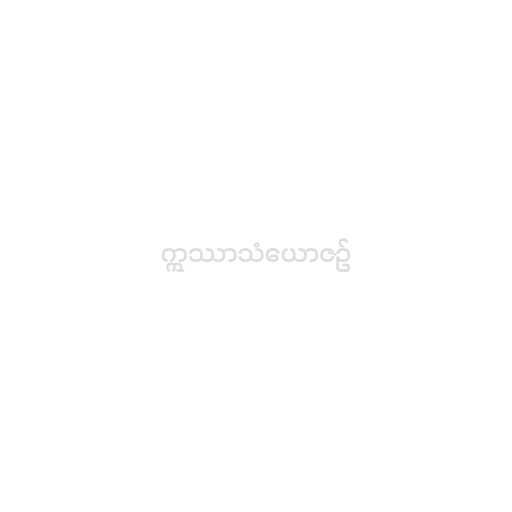
ဣဿာသံယောဇဉ်